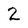
Character: 2